Language: tamil
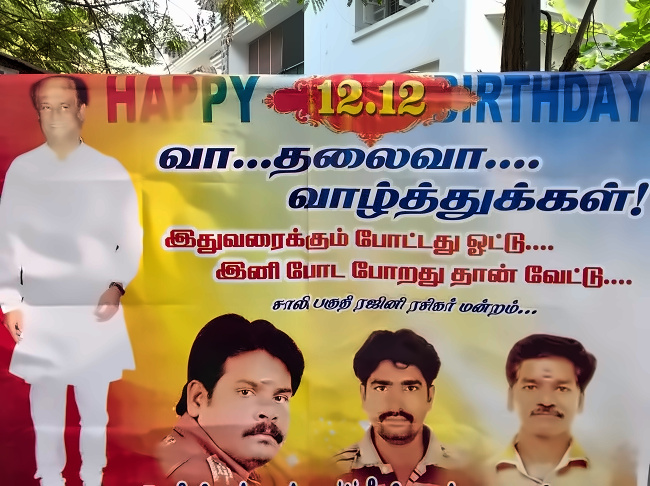
Transcription: வா தலைவா வாழ்த்துக்கள் இதுவரைக்கும் இனி போறது தான் வேட்டு ரசிகர் போட்டது சாலி மன்றம் போட ஓட்டு